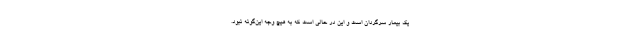
یک بیمار سرگردان است و این در حالی است که به هیچ وجه این‌گونه نبود.